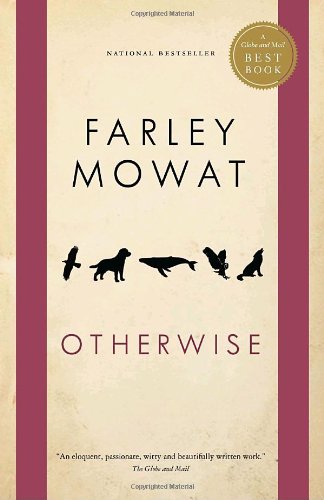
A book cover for Otherwise (Globe and Mail Best Books); Farley Mowat; Biographies & Memoirs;